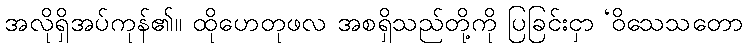
အလိုရှိအပ်ကုန်၏။ ထိုဟေတုဖလ အစရှိသည်တို့ကို ပြခြင်းငှာ ‘ဝိသေသတော